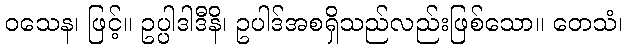
ဝသေန၊ ဖြင့်။ ဥပ္ပါဒါဒီနိ၊ ဥပါဒ်အစရှိသည်လည်းဖြစ်သော။ တေသံ၊